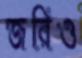
জরিও